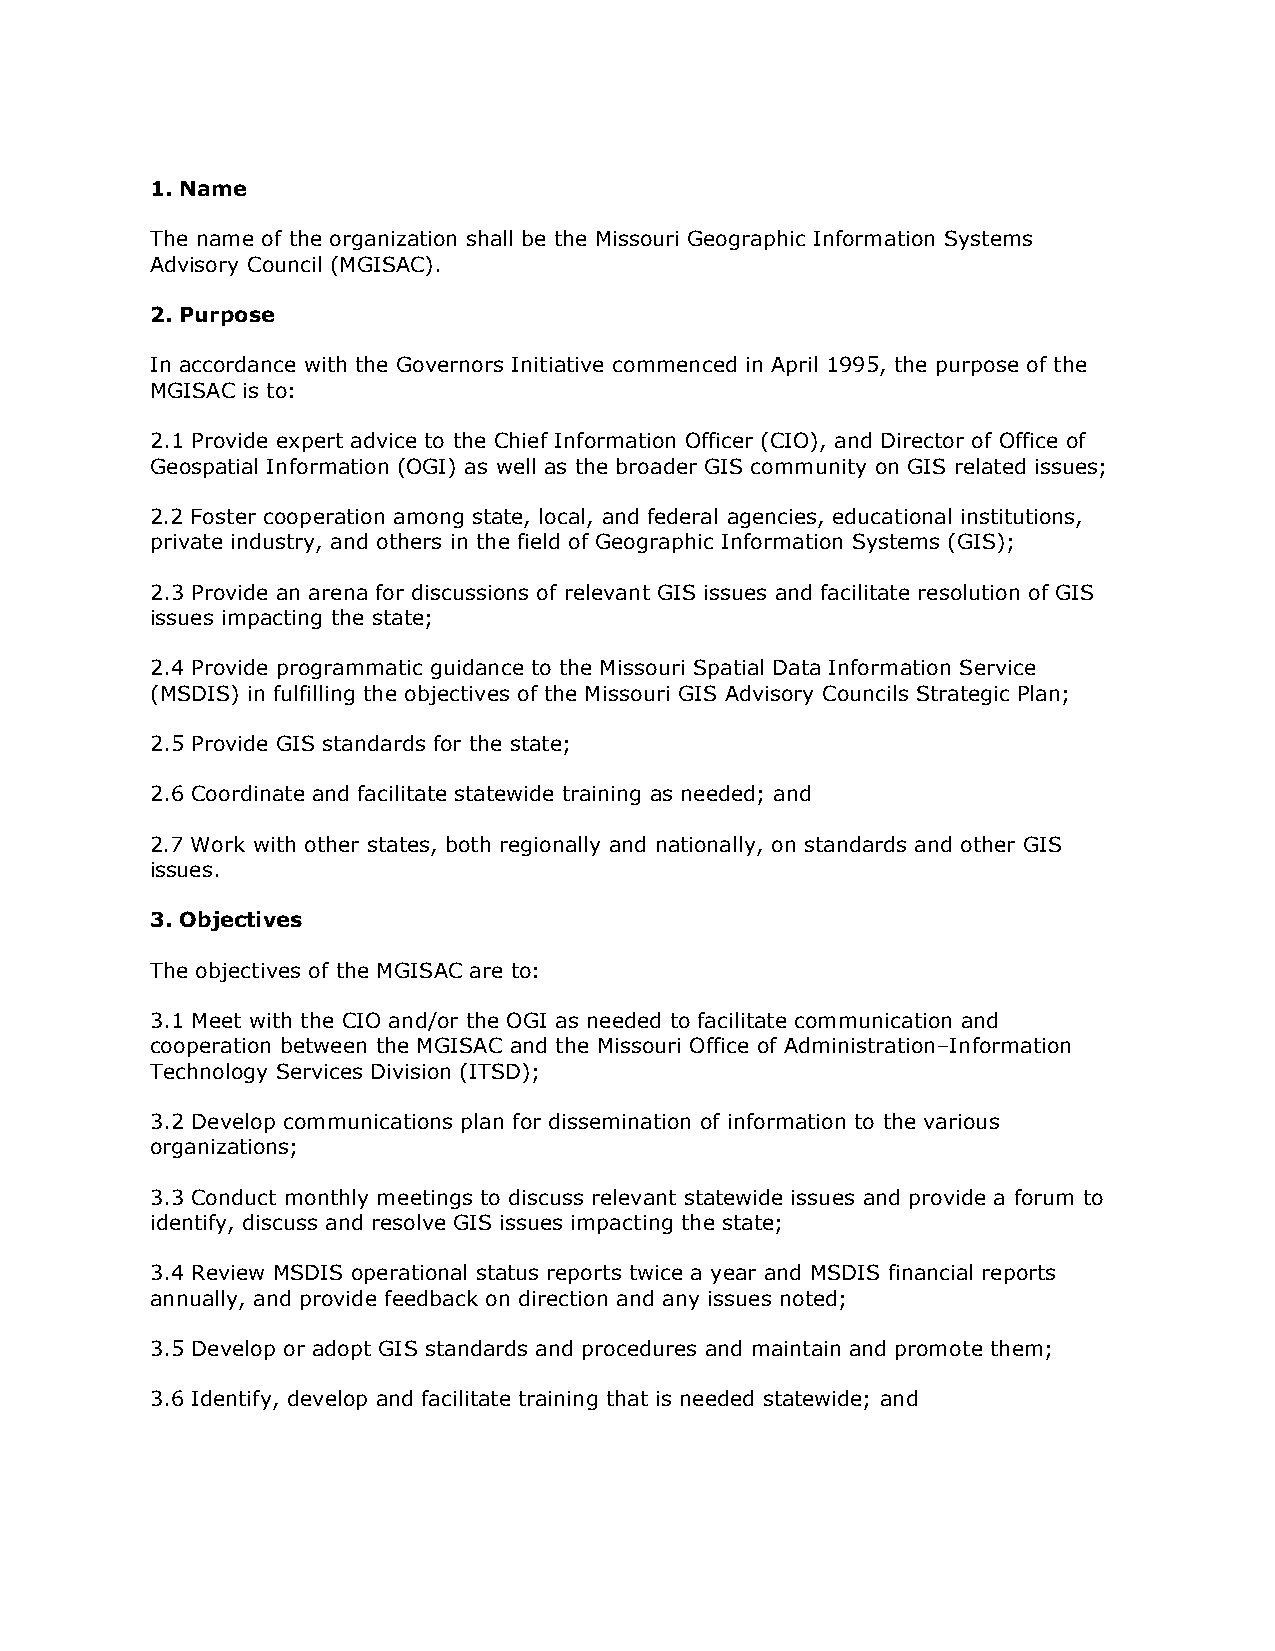
1. Name
 The name of the organization shall be the Missouri Geographic Information Systems
 Advisory Council (MGISAC).
 2. Purpose
 In accordance with the Governors Initiative commenced in April 1995, the purpose of the
 MGISAC is to:
 2.1 Provide expert advice to the Chief Information Officer (CIO), and Director of Office of
 Geospatial Information (OGI) as well as the broader GIS community on GIS related issues;
 2.2 Foster cooperation among state, local, and federal agencies, educational institutions,
 private industry, and others in the field of Geographic Information Systems (GIS);
 2.3 Provide an arena for discussions of relevant GIS issues and facilitate resolution of GIS
 issues impacting the state;
 2.4 Provide programmatic guidance to the Missouri Spatial Data Information Service
 (MSDIS) in fulfilling the objectives of the Missouri GIS Advisory Councils Strategic Plan;
 2.5 Provide GIS standards for the state;
 2.6 Coordinate and facilitate statewide training as needed; and
 2.7 Work with other states, both regionally and nationally, on standards and other GIS
 issues.
 3. Objectives
 The objectives of the MGISAC are to:
 3.1 Meet with the CIO and/or the OGI as needed to facilitate communication and
 cooperation between the MGISAC and the Missouri Office of Administration–Information
 Technology Services Division (ITSD);
 3.2 Develop communications plan for dissemination of information to the various
 organizations;
 3.3 Conduct monthly meetings to discuss relevant statewide issues and provide a forum to
 identify, discuss and resolve GIS issues impacting the state;
 3.4 Review MSDIS operational status reports twice a year and MSDIS financial reports
 annually, and provide feedback on direction and any issues noted;
 3.5 Develop or adopt GIS standards and procedures and maintain and promote them;
 3.6 Identify, develop and facilitate training that is needed statewide; and